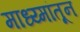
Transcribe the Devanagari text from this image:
माध्य्मांतून